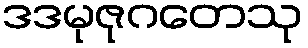
ဒဒမုဇုဂတေသု